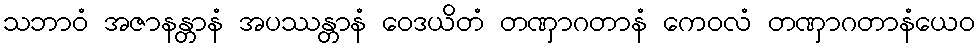
သဘာဝံ အဇာနန္တာနံ အပဿန္တာနံ ဝေဒယိတံ တဏှာဂတာနံ ကေဝလံ တဏှာဂတာနံယေဝ